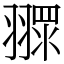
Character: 𦑶